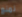
نمنع